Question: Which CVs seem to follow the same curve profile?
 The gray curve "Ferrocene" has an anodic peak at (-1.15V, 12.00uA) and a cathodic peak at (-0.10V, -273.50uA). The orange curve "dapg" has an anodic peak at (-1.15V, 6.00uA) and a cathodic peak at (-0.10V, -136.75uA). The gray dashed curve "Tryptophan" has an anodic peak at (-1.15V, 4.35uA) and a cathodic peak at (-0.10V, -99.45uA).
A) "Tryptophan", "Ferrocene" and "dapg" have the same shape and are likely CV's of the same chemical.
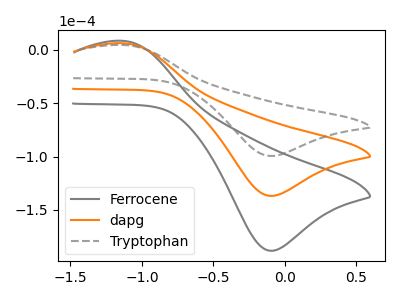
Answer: <think>All the peaks in "Ferrocene" have a peak in "dapg" at the same potential. Every peak in "Ferrocene" is higher than every peak in "dapg". All the peaks in "Ferrocene" have a peak in "Tryptophan" at the same potential. Every peak in "Ferrocene" is higher than every peak in "Tryptophan". All the peaks in "dapg" have a peak in "Tryptophan" at the same potential. Every peak in "dapg" is higher than every peak in "Tryptophan".
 </think>
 <answer>A) "Tryptophan", "Ferrocene" and "dapg" have the same shape and are likely CV's of the same chemical.</answer>
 <eval>A</eval>